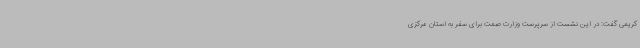
کریمی گفت: در این نشست از سرپرست وزارت صمت برای سفر به استان مرکزی